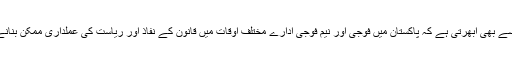
یہ پیچیدگی اس حقیقت سے بھی ابھرتی ہے کہ پاکستان میں فوجی اور نیم فوجی ادارے مختلف اوقات میں قانون کے نفاذ اور ریاست کی عملداری ممکن بنانے کا کام کر چکے ہیں ۔